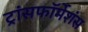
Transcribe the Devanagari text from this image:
ट्रांसफॉर्मेशंस